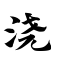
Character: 浇